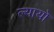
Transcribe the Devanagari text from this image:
ल्यायो